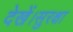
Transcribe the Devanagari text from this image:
देखें।सुरक्षा